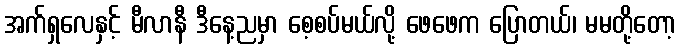
အက်ရှလေနှင့် မီလာနီ ဒီနေ့ညမှာ စေ့စပ်မယ်လို့ ဖေဖေက ပြောတယ်၊ မမတို့တော့